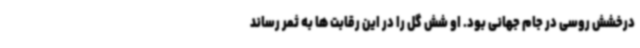
درخشش روسی در جام جهانی بود. او شش گل را در این رقابت ها به ثمر رساند